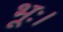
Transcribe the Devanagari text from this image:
भूः।